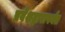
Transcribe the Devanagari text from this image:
प्रवेशद्वारापर्यंत